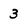
Character: 3